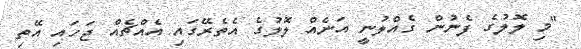
"މި ލޮލުގެ ފެނުން ގެއްލުނީ އަނެއް ލޮލުގެ އެތެރޭގައި އެއްޗެއް ޖަހައި އޭތި